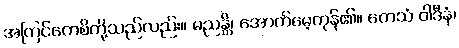
အကြင်ကေစိတို့သည်လည်း။ မညန္တိ၊ အောက်မေ့ကုန်၏။ တေသံ ဝါဒီနံ၊